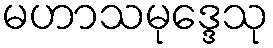
မဟာသမုဒ္ဒေသု